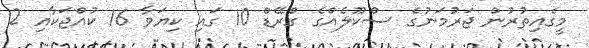
މީގެއިތުރުން ޖަރުމަނުގެ ސްކޫލެއްގެ ގްރޭޑް 10 ގައި ކިޔަވާ 16 ކުއްޖަކާއި 2